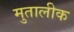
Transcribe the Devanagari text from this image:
मुतालीक